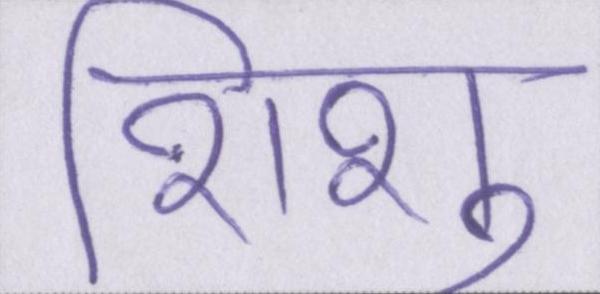
शिशु